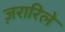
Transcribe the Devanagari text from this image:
ज़रारिले